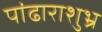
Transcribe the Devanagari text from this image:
पांढाराशुभ्र